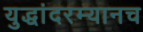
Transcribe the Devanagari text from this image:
युद्धांदरम्यानच